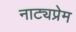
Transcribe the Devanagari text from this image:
नाट्यप्रेम